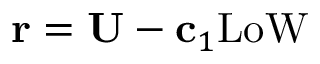
{ \bf r } = { \bf U } - { \bf c } _ { 1 } \mathrm { L o W }